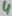
Text: 4